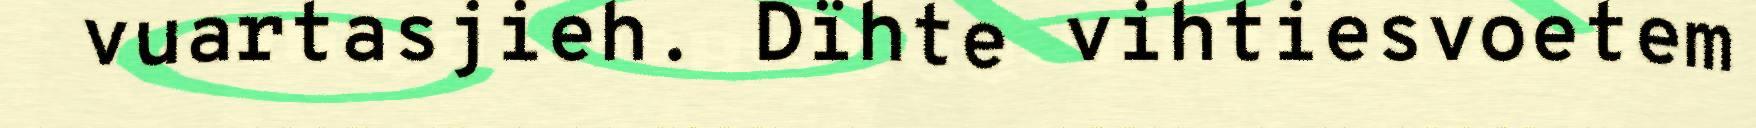
vuartasjieh. Dïhte vihtiesvoetem